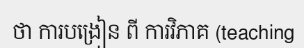
ថា ការបង្រៀន ពី ការវិភាគ (teaching